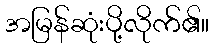
အမြန်ဆုံးပို့လိုက်၏။